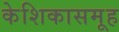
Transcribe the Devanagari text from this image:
केशिकासमूह